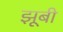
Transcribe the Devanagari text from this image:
झूबी